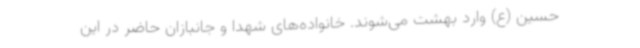
حسین (ع) وارد بهشت می‌شوند. خانواده‌های شهدا و جانبازان حاضر در این